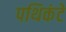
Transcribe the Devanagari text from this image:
पथिकंटे